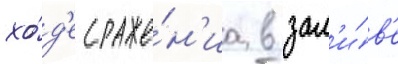
хо́д'е сраже́н'иа в зал'и́в'е